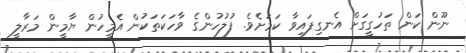
ނޫން ކަން ތަހުގީގަށް އެނގިފައިވާ ކަމަށެވެ. ފުލުހުންގެ ވާހަކަތަކުން އެމީހުން ޔާމީން މަރާލީ